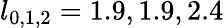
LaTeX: l_{0,1,2}=1.9,1.9,2.4